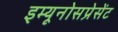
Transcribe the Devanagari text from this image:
इम्यूनोसप्रेसेंट